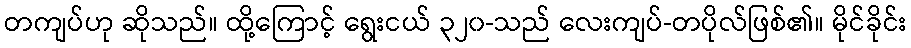
တကျပ်ဟု ဆိုသည်။ ထို့ကြောင့် ရွေးငယ် ၃၂၀-သည် လေးကျပ်-တပိုလ်ဖြစ်၏။ မိုင်ခိုင်း